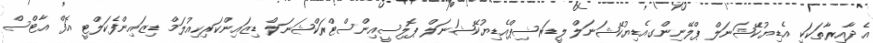
އެ ދާއިރާތަކަކީ އެޑިޔުކޭޝަނަލް ޕްލޭނިންގއެޑިޔުކޭޝަނަލް ލީޑަރޝިޕްއެޑިޔުކޭޝަނަލް ޕޮލިސީއިންސްޓްރަކްޝަނަލް ޑިޒައިންކަރިކިއުލަމް ޑިޒައިންފެކަލްޓީ އޮފް އާޓްސް